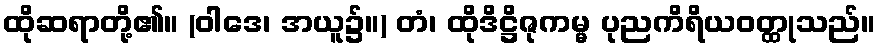
ထိုဆရာတို့၏။ (ဝါဒေ၊ အယူ၌။) တံ၊ ထိုဒိဋ္ဌိဇုကမ္မ ပုညကိရိယဝတ္ထုသည်။